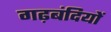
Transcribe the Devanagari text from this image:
गढ़बंदियों